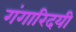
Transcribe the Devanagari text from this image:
गंगारिदयी